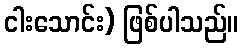
ငါးသောင်း) ဖြစ်ပါသည်။